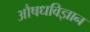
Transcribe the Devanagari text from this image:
औषधविज्ञान